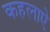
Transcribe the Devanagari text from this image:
कहलाऐ